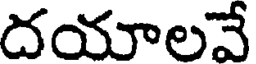
దయాలవే